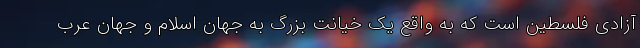
آزادی فلسطین است که به واقع یک خیانت بزرگ به جهان اسلام و جهان عرب